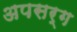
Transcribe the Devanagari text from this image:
अपसर्ग